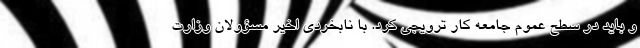
و باید در سطح عموم جامعه کار ترویجی کرد. با نابخردی اخیر مسؤولان وزارت